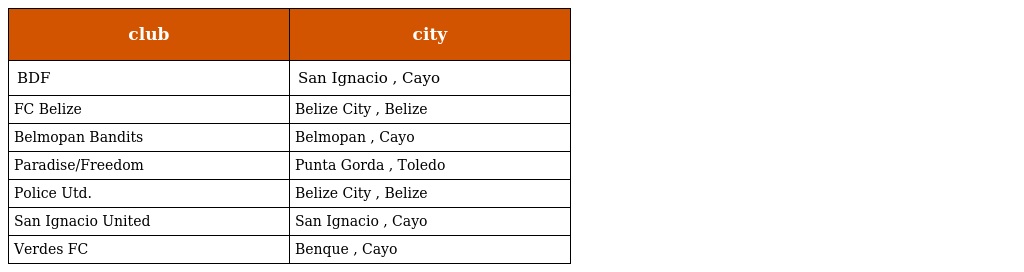
| club | city |
 | --- | --- |
 | BDF | San Ignacio , Cayo |
 | FC Belize | Belize City , Belize |
 | Belmopan Bandits | Belmopan , Cayo |
 | Paradise/Freedom | Punta Gorda , Toledo |
 | Police Utd. | Belize City , Belize |
 | San Ignacio United | San Ignacio , Cayo |
 | Verdes FC | Benque , Cayo |